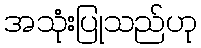
အသုံးပြုသည်ဟု